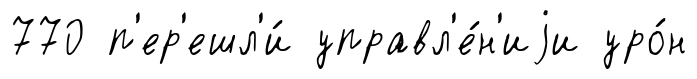
770 п'ер'ешл'и́ управл'е́н'иjи уро́н